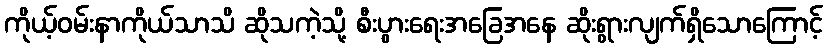
ကိုယ့်ဝမ်းနာကိုယ်သာသိ ဆိုသကဲ့သို့ စီးပွားရေးအခြေအနေ ဆိုးရွားလျက်ရှိသောကြောင့်